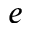
e